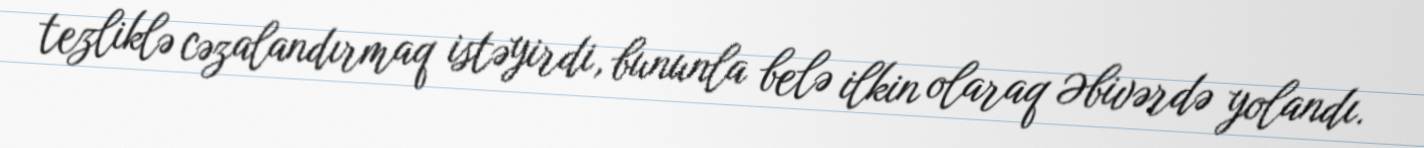
tezliklə cəzalandırmaq istəyirdi, bununla belə ilkin olaraq Əbivərdə yolandı.